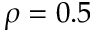
\rho = 0 . 5